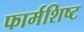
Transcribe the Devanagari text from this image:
फार्मशिष्ट